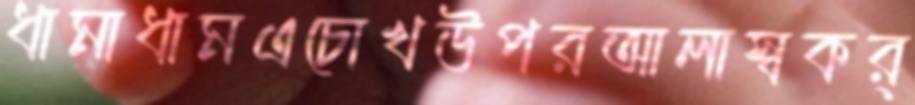
ধামাধামএচোখউপরআলাস্বকর্